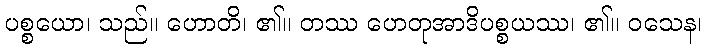
ပစ္စယော၊ သည်။ ဟောတိ၊ ၏။ တဿ ဟေတုအာဒိပစ္စယဿ၊ ၏။ ဝသေန၊